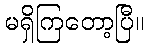
မရှိကြတော့ပြီ။